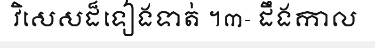
វិសេសដ៏ទៀងទាត់ ។៣- ដឹងកាល